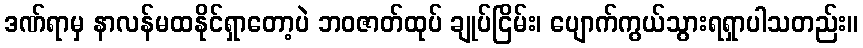
ဒဏ်ရာမှ နာလန်မထနိုင်ရှာတော့ပဲ ဘဝဇာတ်ထုပ် ချုပ်ငြိမ်း၊ ပျောက်ကွယ်သွားရရှာပါသတည်း။